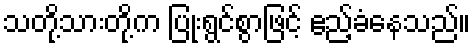
သတို့သားတို့က ပြုံးရွင်စွာဖြင့် ဧည့်ခံနေသည်။